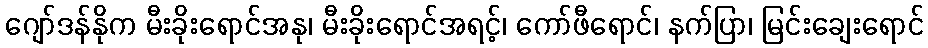
ဂျော်ဒန်နိုက မီးခိုးရောင်အနု၊ မီးခိုးရောင်အရင့်၊ ကော်ဖီရောင်၊ နက်ပြာ၊ မြင်းချေးရောင်